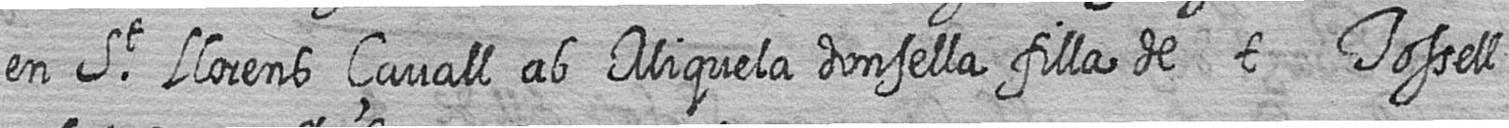
en St Llorens çavall ab Miquela donsella filla de t Tossell